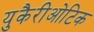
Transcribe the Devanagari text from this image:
युकैरीओटिक